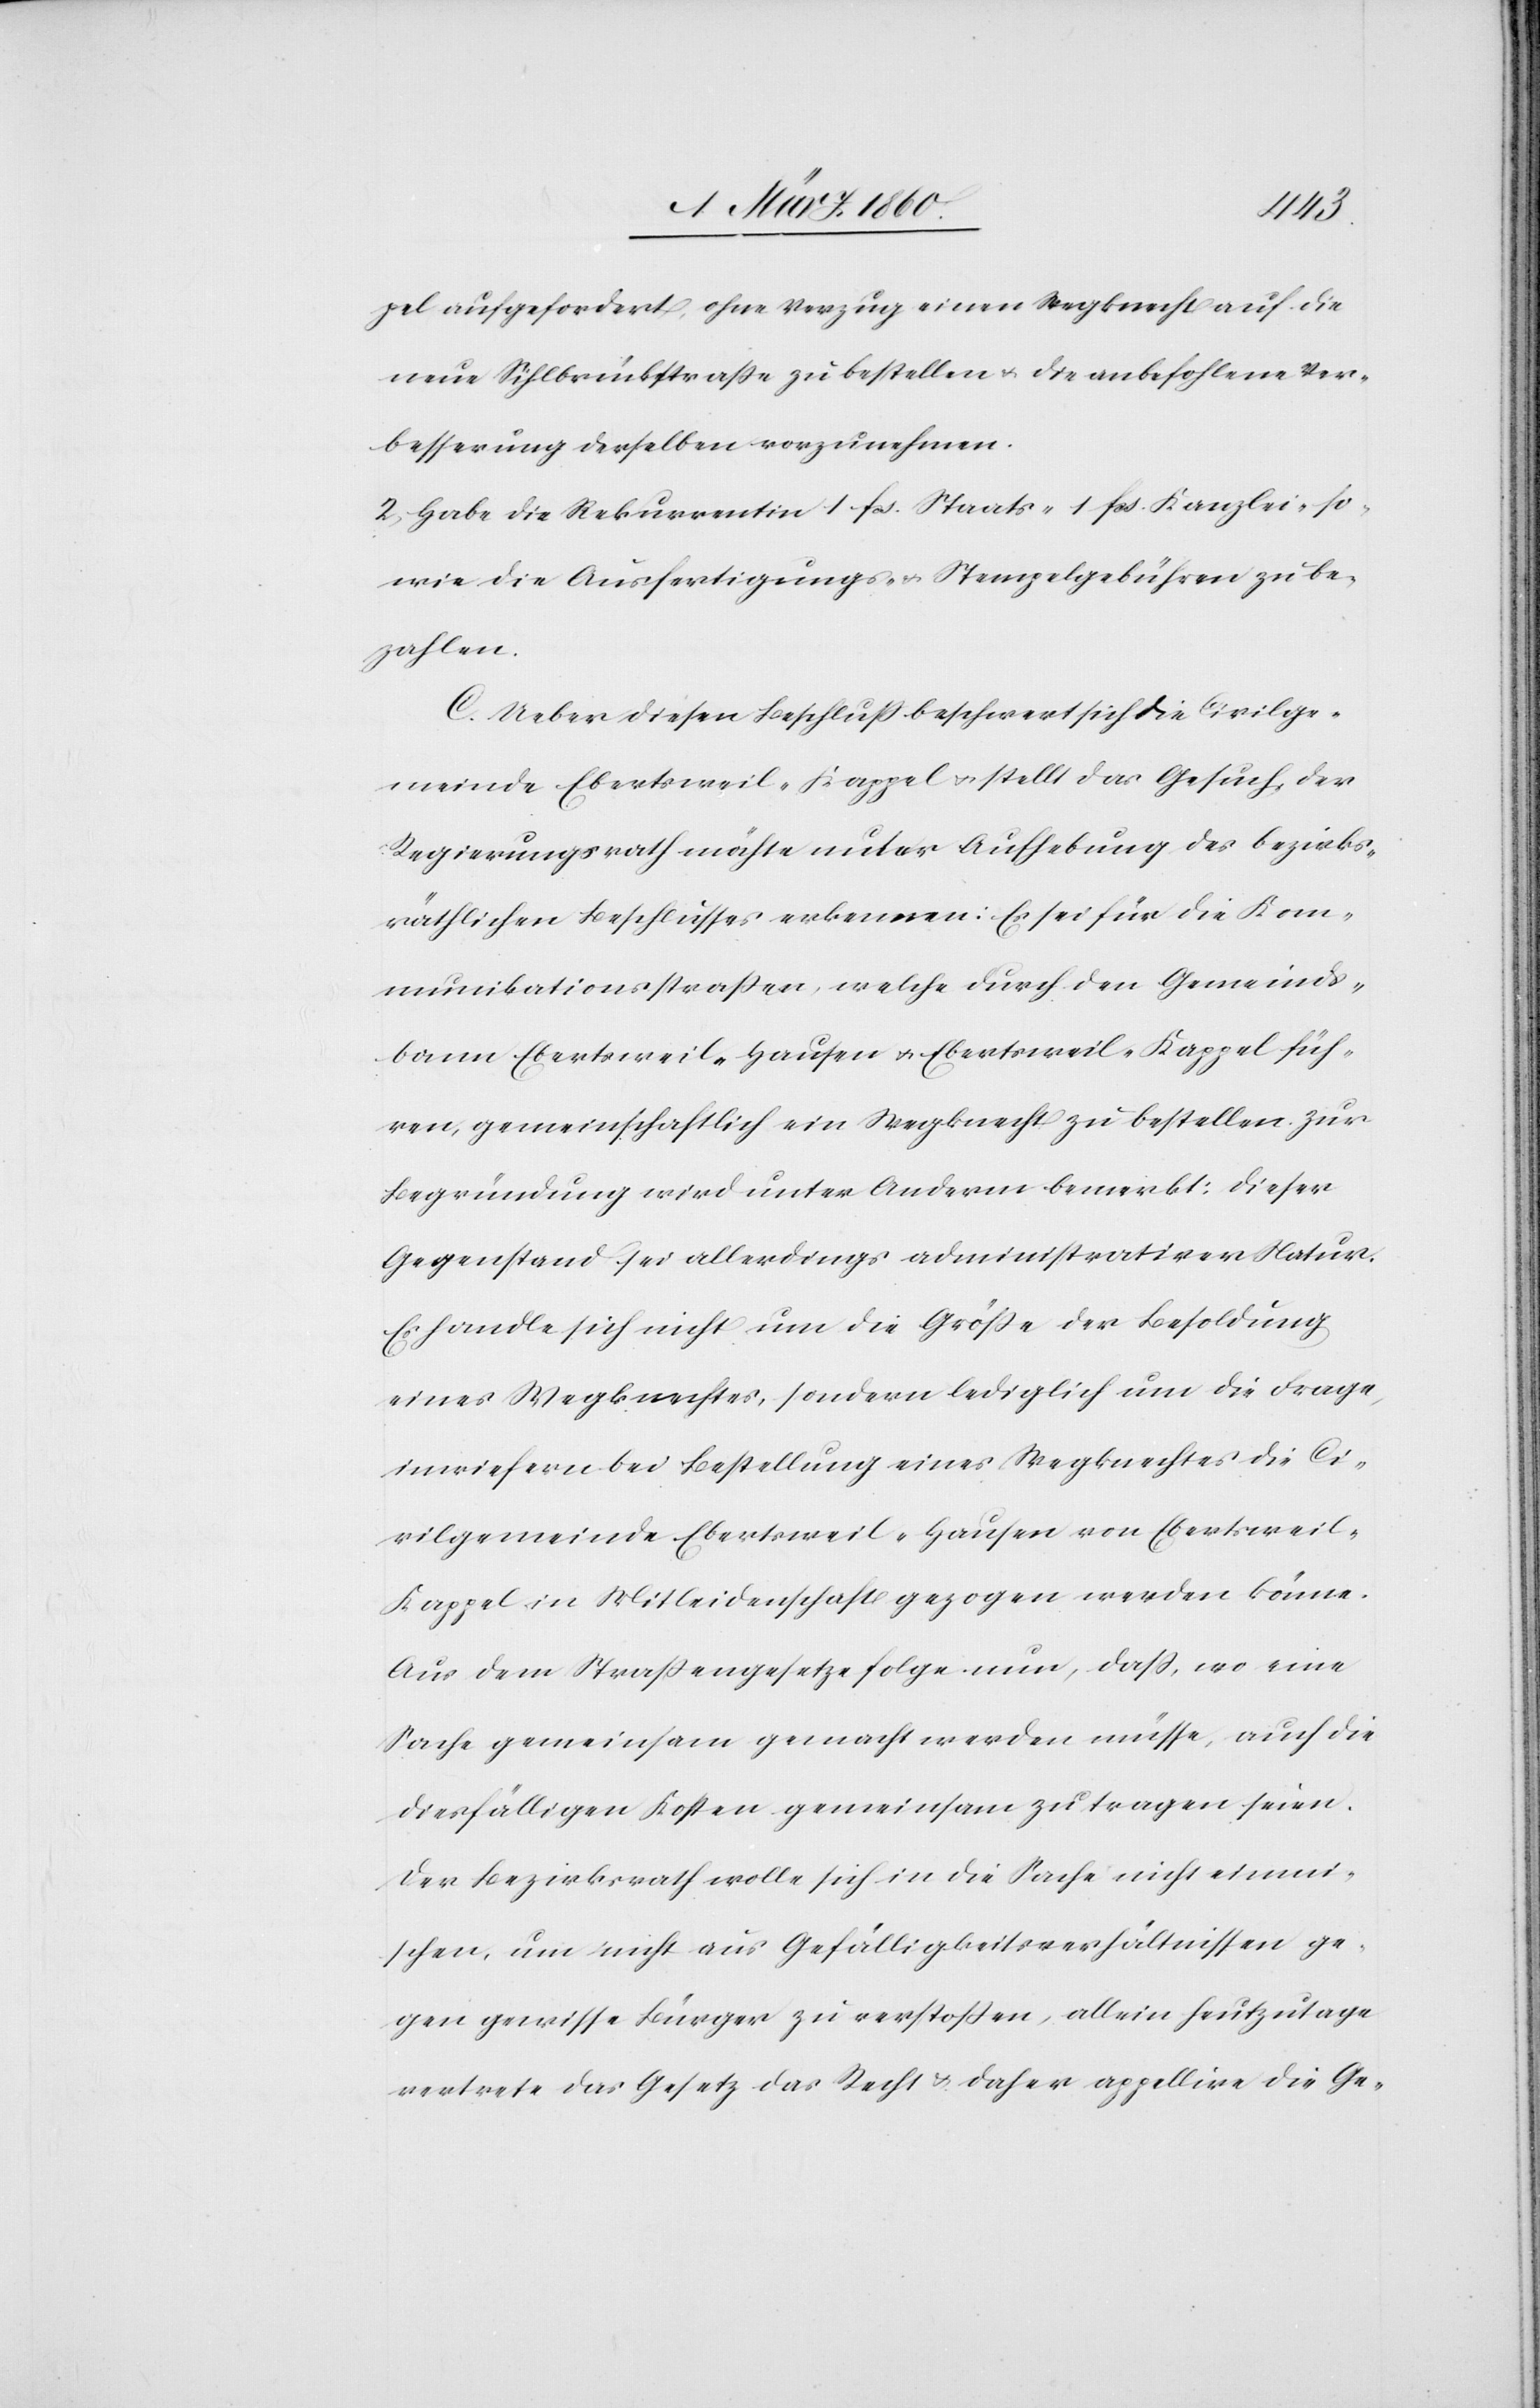
pel aufgefordert, ohne Verzug einen Wegknecht auf die
neue Sihlbrückstrasse zu bestellen u. die anbefohlene Ver¬
besserung derselben vorzunehmen.
2. Habe die Rekurrentin 1 fcs. Staats- 1. fcs. Kanzlei- so¬
wie die Ausfertigungs- u. Stempelgebühren zu be¬
zahlen.
C. Ueber diesen Beschluss beschwert sich die Civilge¬
meinde Ebertsweil-Kappel u. stellt das Gesuch, der
Regierungsrath möchte unter Aufhebung des bezirks¬
räthlichen Beschlusses erkennen: Es sei für die Kom¬
munikationsstrassen, welche durch den Gemeinds¬
bann Ebertsweil-Hausen u. Ebertsweil-Kappel füh¬
ren, gemeinschaftlich ein Wegknecht zu bestellen. Zur
Begründung wird unter Anderm bemerkt: dieser
Gegenstand sei allerdings administrativer Natur.
Es handle sich nicht um die Grösse der Besoldung
eines Wegknechtes, sondern lediglich um die Frage,
inwiefern bei Bestellung eines Wegknechtes die Ci¬
vilgemeinde Ebertsweil-Hausen von Eberstweil-K¬
appel in Mitleidenschaft gezogen werden könne.
Aus dem Strassengesetze folge nun, daß, wo eine
Sache gemeinsam gemacht werden müsse, auch die
diesfälligen Kosten gemeinsam zu tragen seien.
Der Bezirksrath wolle sich in die Sache nicht einmi¬
schen, um nicht aus Gefälligkeitsverhältnissen ge¬
gen gewisse Bürger zu verstoßen, allein heutzutage
vertrete das Gesetz das Recht u. daher appelire die Ge-